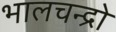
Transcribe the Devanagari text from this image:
भालचन्द्रो